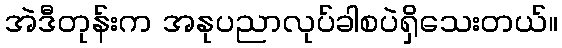
အဲဒီတုန်းက အနုပညာလုပ်ခါစပဲရှိသေးတယ်။